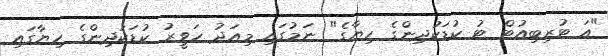
"އަ ޓުރިބިއުޓް ޓު ކުޑަކުދިންގެ ހިޔާގެ" ނަމުގައި މިއަދު ހަވީރު ކުޑަކުދިންގެ ހިޔާގައި